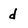
Character: d